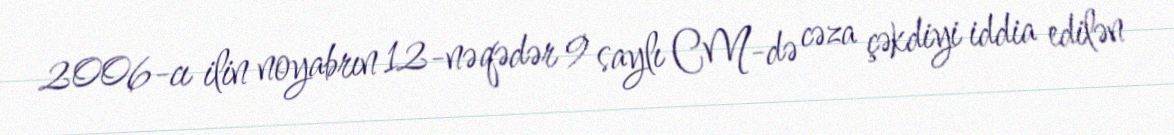
2006-cı ilin noyabrın 12-nə qədər 9 saylı CM-də cəza çəkdiyi iddia edilən